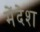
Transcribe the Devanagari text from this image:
मेंदेश